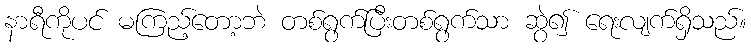
နာရီကိုပင် မကြည့်တော့ဘဲ တစ်ရွက်ပြီးတစ်ရွက်သာ ဆွဲ၍ ရေးလျက်ရှိသည်။